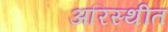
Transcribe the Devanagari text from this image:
अरिस्थीत